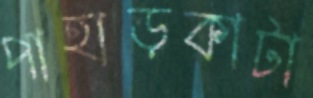
পাহাড়কাটা